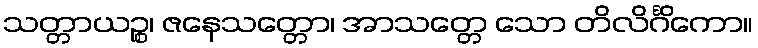
သတ္တာယဉ္စ၊ ဇနေသတ္တော၊ အာသတ္တေ သော တိလိင်္ဂိကော။